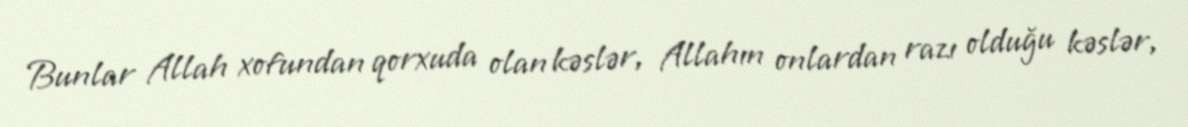
Bunlar Allah xofundan qorxuda olan kəslər, Allahın onlardan razı olduğu kəslər,